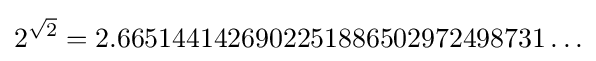
2^{\sqrt {2}}=2.6651441426902251886502972498731\ldots